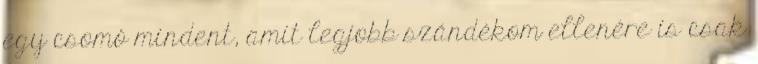
egy csomó mindent, amit legjobb szándékom ellenére is csak